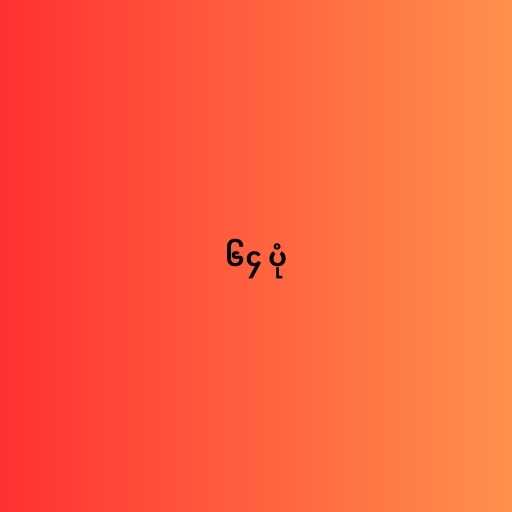
၆၄ ပုံ